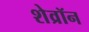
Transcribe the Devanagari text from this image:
शेव्रॉन